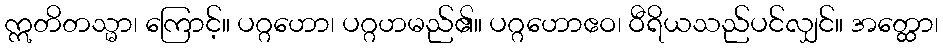
ဣတိတသ္မာ၊ ကြောင့်။ ပဂ္ဂဟော၊ ပဂ္ဂဟမည်၏။ ပဂ္ဂဟောဧဝ၊ ဝီရိယသည်ပင်လျှင်။ အတ္ထော၊